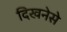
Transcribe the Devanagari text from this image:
दिखनेसे